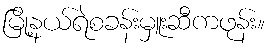
မြို့နယ်ရဲစခန်းမှူးဆီကဖုန်း။